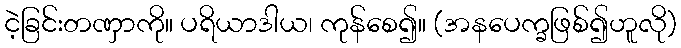
ငဲ့ခြင်းတဏှာကို။ ပရိယာဒါယ၊ ကုန်စေ၍။ (အနပေက္ခဖြစ်၍ဟူလို)